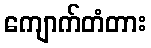
ကျောက်တံတား